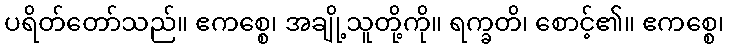
ပရိတ်တော်သည်။ ဧကစ္စေ၊ အချို့သူတို့ကို။ ရက္ခတိ၊ စောင့်၏။ ဧကစ္စေ၊